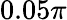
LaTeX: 0.05\pi